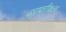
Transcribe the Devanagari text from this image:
उरावरी॥४३॥